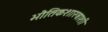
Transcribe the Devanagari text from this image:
भौतिकशास्त्राशी